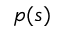
p ( s )